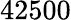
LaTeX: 42500